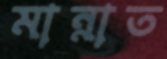
মান্নাত